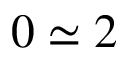
0 \simeq 2